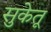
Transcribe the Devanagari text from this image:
सुकेतू